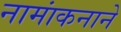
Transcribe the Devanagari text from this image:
नामांकनाने